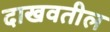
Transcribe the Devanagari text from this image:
दाखवतील